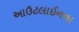
આઉટલાઈનના